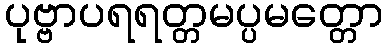
ပုဗ္ဗာပရရတ္တမပ္ပမတ္တော